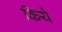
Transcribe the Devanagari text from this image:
किये